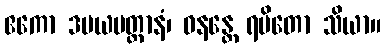
ဧကော ဒမယမတ္တာနံ၊ ဝနန္တေ ရမိတော သိယာ။